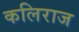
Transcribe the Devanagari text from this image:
कलिराज